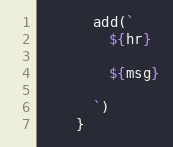
Language: JavaScript
      add(`
        ${hr}

        ${msg}

      `)
    }